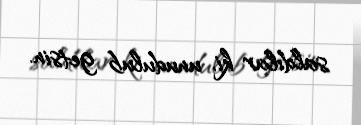
saldılar ki, unudulub getsin.